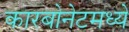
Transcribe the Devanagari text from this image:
कारबोनेटमध्ये